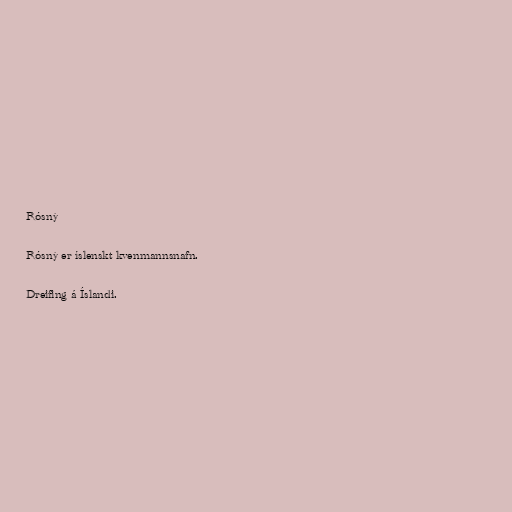
Rósný

Rósný er íslenskt kvenmannsnafn.

Dreifing á Íslandi.